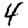
Digit: 4